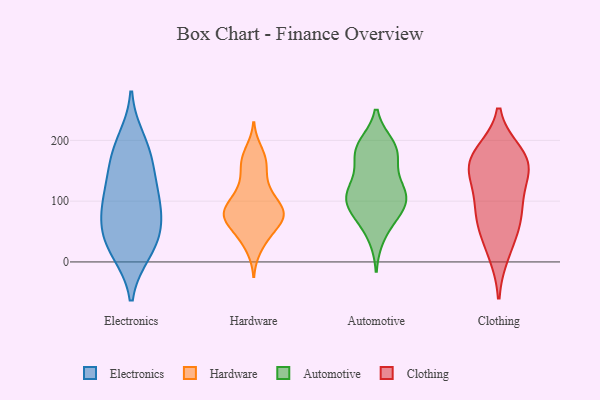
{"axis": {"x": "Market Share (%)", "y": "Value"}, "legend": ["Automotive", "Clothing", "Electronics", "Hardware"], "data": [{"x": "", "y": 134, "type": "Electronics"}, {"x": "", "y": 107, "type": "Electronics"}, {"x": "", "y": 84, "type": "Electronics"}, {"x": "", "y": 200, "type": "Electronics"}, {"x": "", "y": 69, "type": "Electronics"}, {"x": "", "y": 17, "type": "Electronics"}, {"x": "", "y": 50, "type": "Electronics"}, {"x": "", "y": 175, "type": "Electronics"}, {"x": "", "y": 18, "type": "Electronics"}, {"x": "", "y": 172, "type": "Electronics"}, {"x": "", "y": 42, "type": "Electronics"}, {"x": "", "y": 109, "type": "Electronics"}, {"x": "", "y": 58, "type": "Hardware"}, {"x": "", "y": 21, "type": "Hardware"}, {"x": "", "y": 71, "type": "Hardware"}, {"x": "", "y": 80, "type": "Hardware"}, {"x": "", "y": 94, "type": "Hardware"}, {"x": "", "y": 44, "type": "Hardware"}, {"x": "", "y": 78, "type": "Hardware"}, {"x": "", "y": 171, "type": "Hardware"}, {"x": "", "y": 127, "type": "Hardware"}, {"x": "", "y": 158, "type": "Hardware"}, {"x": "", "y": 89, "type": "Hardware"}, {"x": "", "y": 157, "type": "Hardware"}, {"x": "", "y": 184, "type": "Hardware"}, {"x": "", "y": 45, "type": "Hardware"}, {"x": "", "y": 111, "type": "Hardware"}, {"x": "", "y": 75, "type": "Hardware"}, {"x": "", "y": 81, "type": "Hardware"}, {"x": "", "y": 118, "type": "Hardware"}, {"x": "", "y": 77, "type": "Hardware"}, {"x": "", "y": 191, "type": "Automotive"}, {"x": "", "y": 114, "type": "Automotive"}, {"x": "", "y": 174, "type": "Automotive"}, {"x": "", "y": 79, "type": "Automotive"}, {"x": "", "y": 89, "type": "Automotive"}, {"x": "", "y": 179, "type": "Automotive"}, {"x": "", "y": 112, "type": "Automotive"}, {"x": "", "y": 98, "type": "Automotive"}, {"x": "", "y": 114, "type": "Automotive"}, {"x": "", "y": 137, "type": "Automotive"}, {"x": "", "y": 180, "type": "Automotive"}, {"x": "", "y": 42, "type": "Automotive"}, {"x": "", "y": 112, "type": "Automotive"}, {"x": "", "y": 192, "type": "Automotive"}, {"x": "", "y": 76, "type": "Automotive"}, {"x": "", "y": 156, "type": "Clothing"}, {"x": "", "y": 102, "type": "Clothing"}, {"x": "", "y": 177, "type": "Clothing"}, {"x": "", "y": 52, "type": "Clothing"}, {"x": "", "y": 160, "type": "Clothing"}, {"x": "", "y": 161, "type": "Clothing"}, {"x": "", "y": 15, "type": "Clothing"}, {"x": "", "y": 89, "type": "Clothing"}, {"x": "", "y": 70, "type": "Clothing"}, {"x": "", "y": 161, "type": "Clothing"}]}